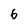
Character: 6